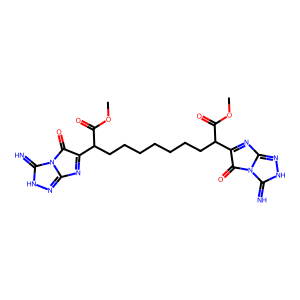
SMILES: COC(=O)C(CCCCCCCC(C(=O)OC)C1=Nc2n[nH]c(=N)n2C1=O)C1=Nc2n[nH]c(=N)n2C1=O
Inhibits HIV replication: No